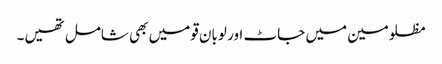
مظلومین میں جاٹ اور لوبان قومیں بھی شامل تھیں۔